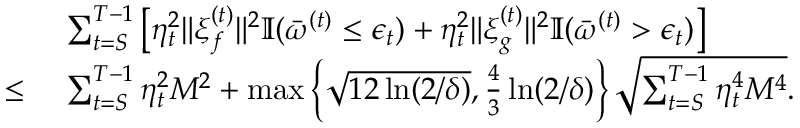
\begin{array} { r l } & { ~ \sum _ { t = S } ^ { T - 1 } \left[ \eta _ { t } ^ { 2 } \| \boldsymbol { \xi } _ { f } ^ { ( t ) } \| ^ { 2 } \mathbb { I } ( \bar { \omega } ^ { ( t ) } \leq \epsilon _ { t } ) + \eta _ { t } ^ { 2 } \| \boldsymbol { \xi } _ { g } ^ { ( t ) } \| ^ { 2 } \mathbb { I } ( \bar { \omega } ^ { ( t ) } > \epsilon _ { t } ) \right] } \\ { \leq } & { ~ \sum _ { t = S } ^ { T - 1 } \eta _ { t } ^ { 2 } M ^ { 2 } + \operatorname* { m a x } \left\{ \sqrt { 1 2 \ln ( 2 / \delta ) } , \frac { 4 } { 3 } \ln ( 2 / \delta ) \right\} \sqrt { \sum _ { t = S } ^ { T - 1 } \eta _ { t } ^ { 4 } M ^ { 4 } } . } \end{array}